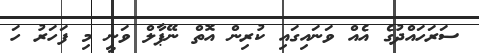
ސަރަހައްދުގެ އެއް ވަނައިގައި ކުރިން އޮތް ނޭޕާލް ވަނީ މި ފަހަރު ހަ